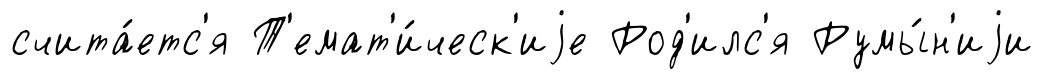
счита́етс'я Т'емат'и́ческ'иjе Род'илс'я Румы́н'иjи